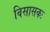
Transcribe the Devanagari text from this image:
विसासकः